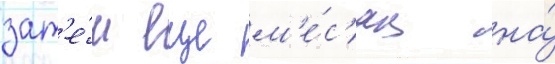
зат'е́м еще м'е́с'яц на́